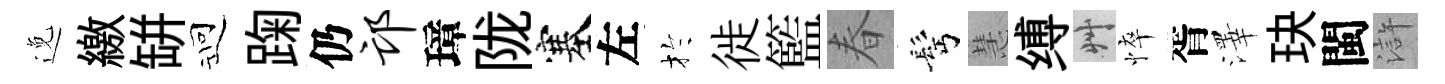
𨓜繳缾迎踘仍邙璋陇塞左扵徙籃春髩慧缚艸悴胥澤玦閩滸